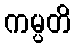
ကမ္ပတိ